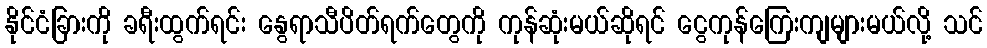
နိုင်ငံခြားကို ခရီးထွက်ရင်း နွေရာသီပိတ်ရက်တွေကို ကုန်ဆုံးမယ်ဆိုရင် ငွေကုန်ကြေးကျများမယ်လို့ သင်